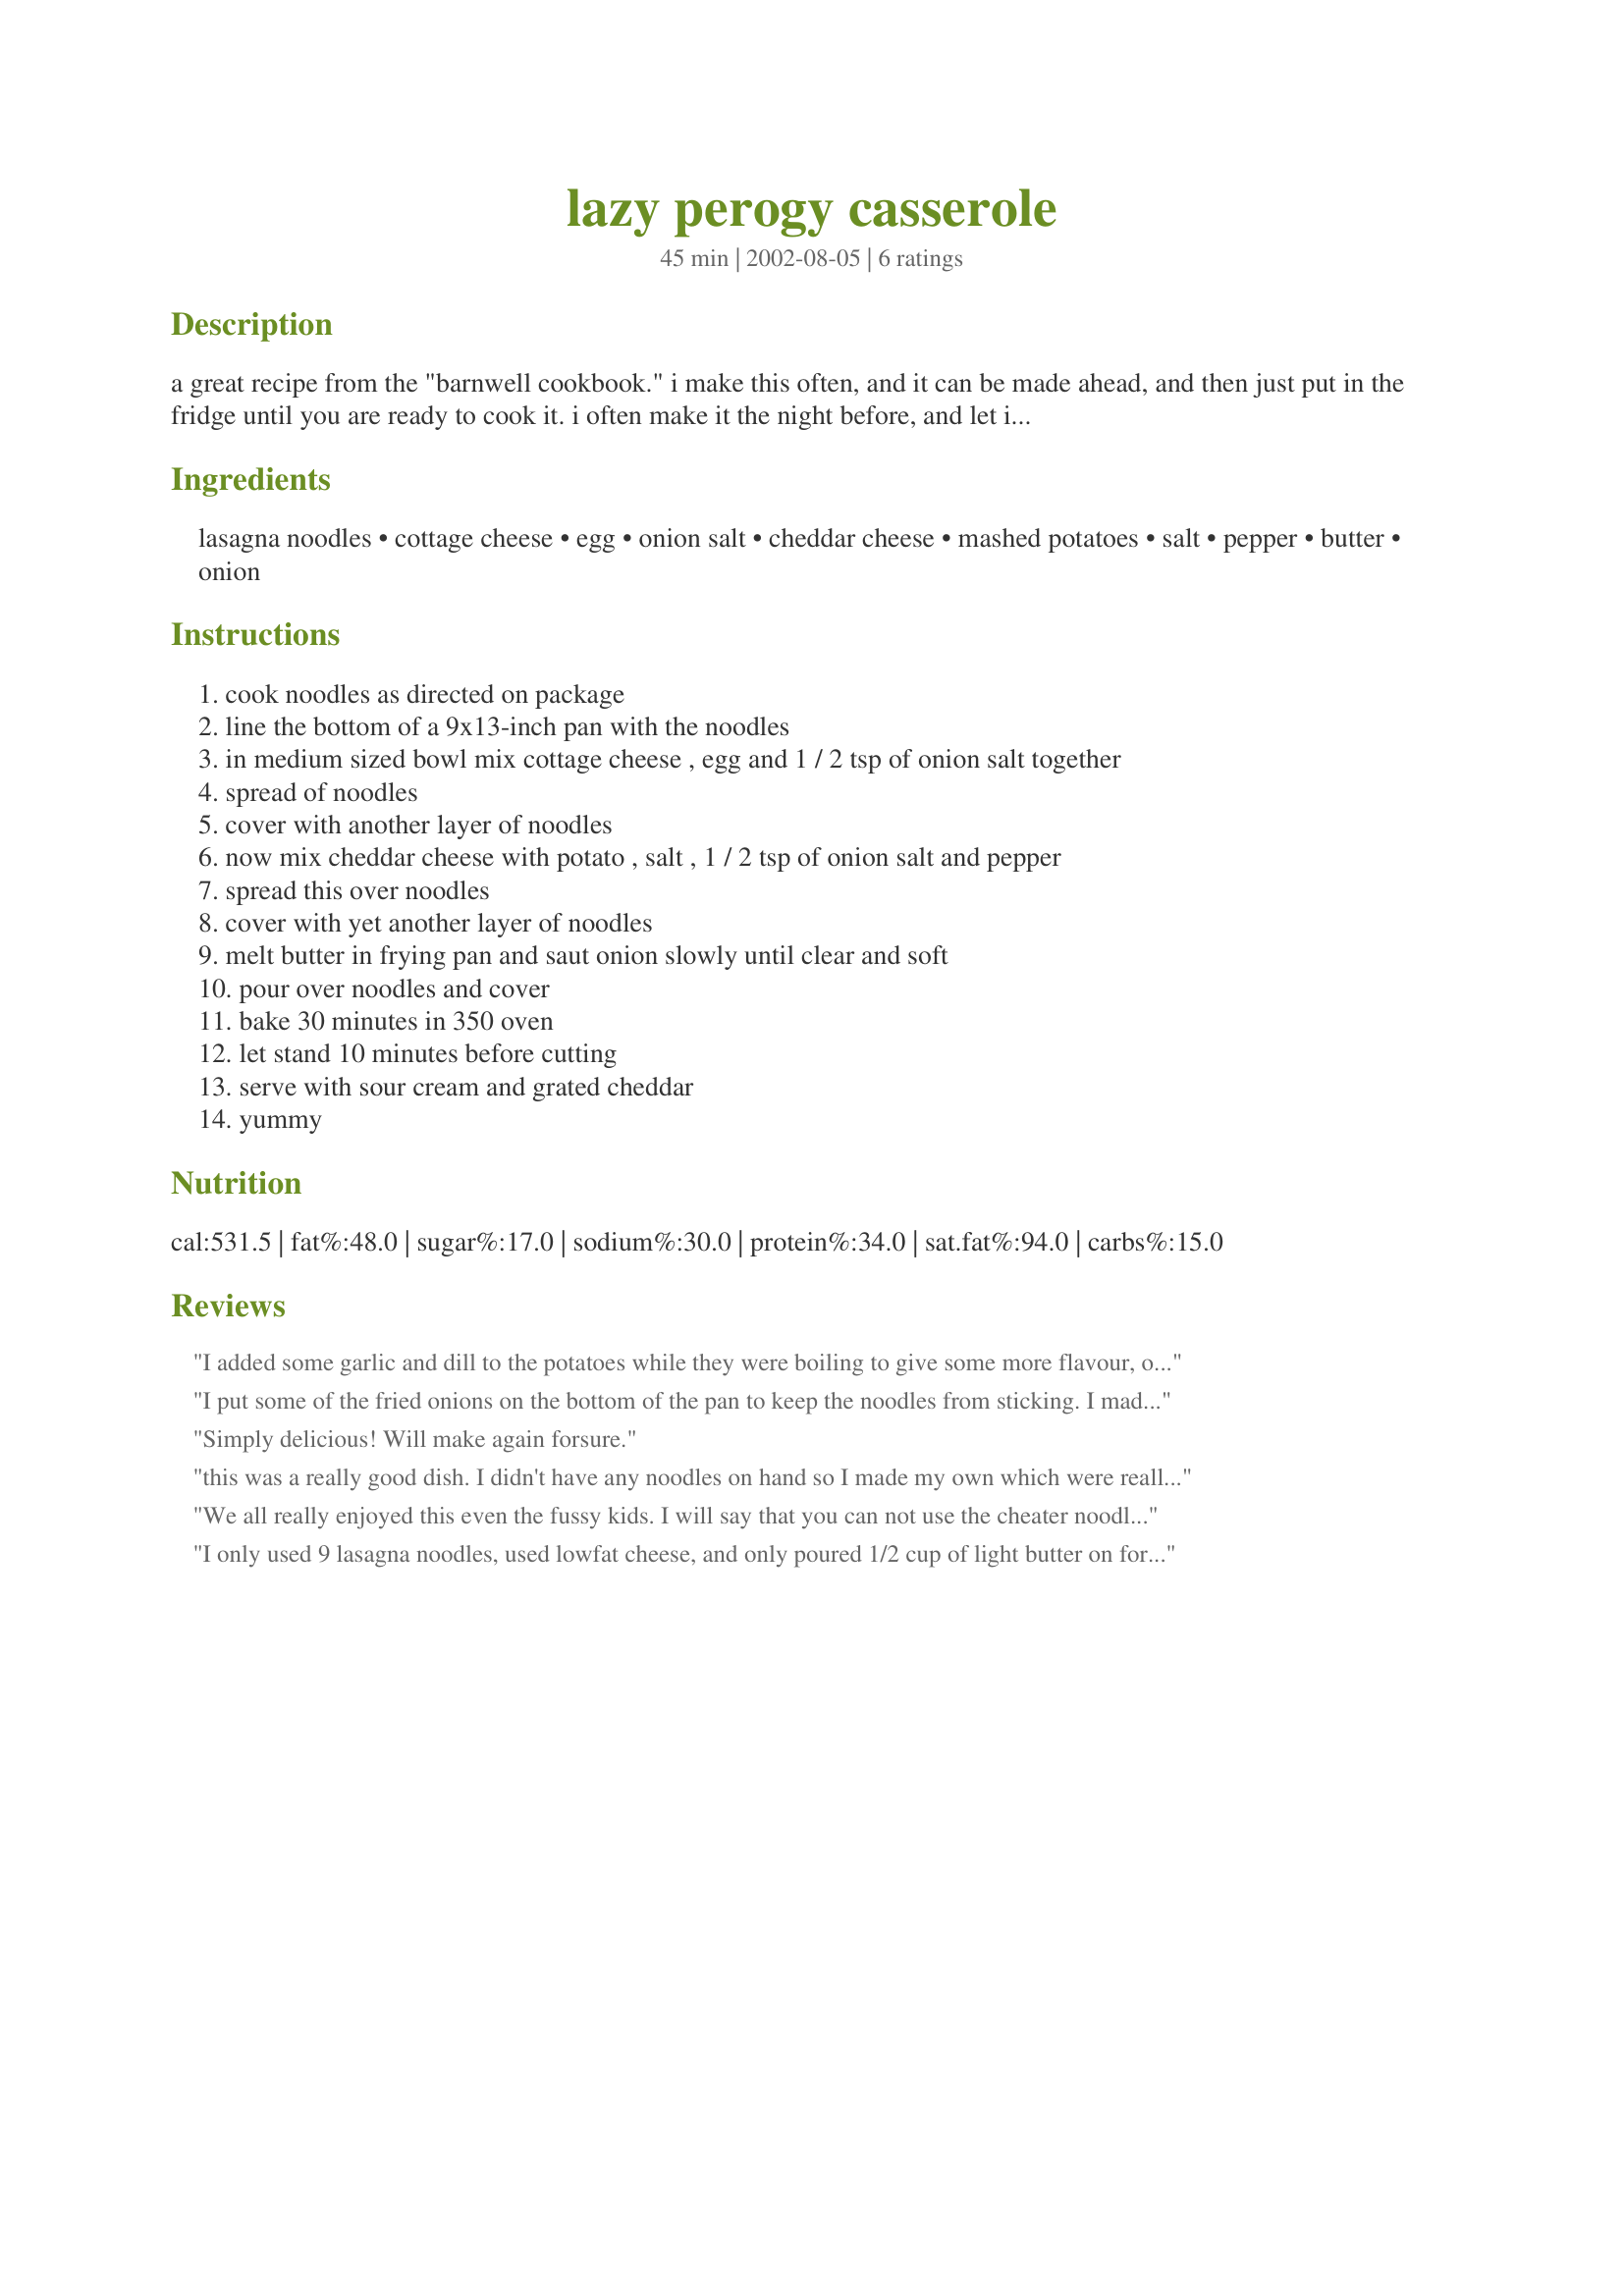
lazy perogy casserole
Preparation time: 45 minutes

a great recipe from the "barnwell cookbook." i make this often, and it can be made ahead, and then just put in the fridge until you are ready to cook it. i often make it the night before, and let it sit in the fridge. a real keeper, and canadian favourite!

Ingredients:
lasagna noodles, cottage cheese, egg, onion salt, cheddar cheese, mashed potatoes, salt, pepper, butter, onion

Steps:
cook noodles as directed on package
line the bottom of a 9x13-inch pan with the noodles
in medium sized bowl mix cottage cheese , egg and 1 / 2 tsp of onion salt together
spread of noodles
cover with another layer of noodles
now mix cheddar cheese with potato , salt , 1 / 2 tsp of onion salt and pepper
spread this over noodles
cover with yet another layer of noodles
melt butter in frying pan and saut onion slowly until clear and soft
pour over noodles and cover
bake 30 minutes in 350 oven
let stand 10 minutes before cutting
serve with sour cream and grated cheddar
yummy

Reviews:
I added some garlic and dill to the potatoes while they were boiling to give some more flavour, other than that I followed all the rules. Love It - will definatley make this again and again. Freezes good too!!!
 I put some of the fried onions on the bottom of the pan to keep the noodles from sticking. I made this the day before I needed it, what a great time saver. The kids loved it so much I had to make another. This time I omitted the cottage cheese and added a litle more potato, just as great and a little more economical.
Simply delicious! Will make again forsure.
this was a really good dish. I didn't have any noodles on hand so I made my own which were really good and added to the flavor. Loved the taste and will make again. Will buy noodles next time.
We all really enjoyed this even the fussy kids. I will say that you can not use the cheater noodles that you don't need to cook, and I think next time we will add bacon bits. Thanks this was yummy.
I only used 9 lasagna noodles, used lowfat cheese, and only poured 1/2 cup of light butter on for the last step. My dh and kids (who ADORE Pierogies) didn't really like the cottage cheese, so I might try it again with ricotta. It was really good.
